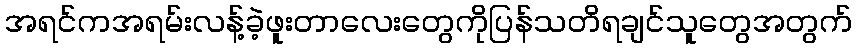
အရင်ကအရမ်းလန့်ခဲ့ဖူးတာလေးတွေကိုပြန်သတိရချင်သူတွေအတွက်